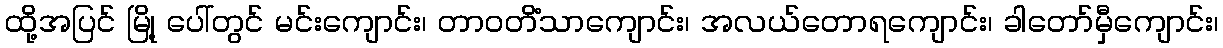
ထို့အပြင် မြို့ ပေါ်တွင် မင်းကျောင်း၊ တာဝတိံသာကျောင်း၊ အလယ်တောရကျောင်း၊ ခါတော်မှီကျောင်း၊